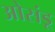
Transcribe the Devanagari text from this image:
ओसंडू